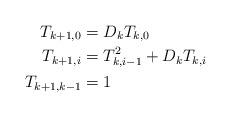
LaTeX: \begin{align*}T_{k+1,0} &= D_kT_{k,0} \\T_{k+1,i} &=T^2_{k,i-1}+D_kT_{k,i}\\T_{k+1,k-1} &=1\end{align*}